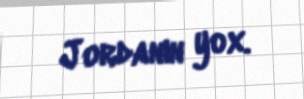
Jordanın yox.